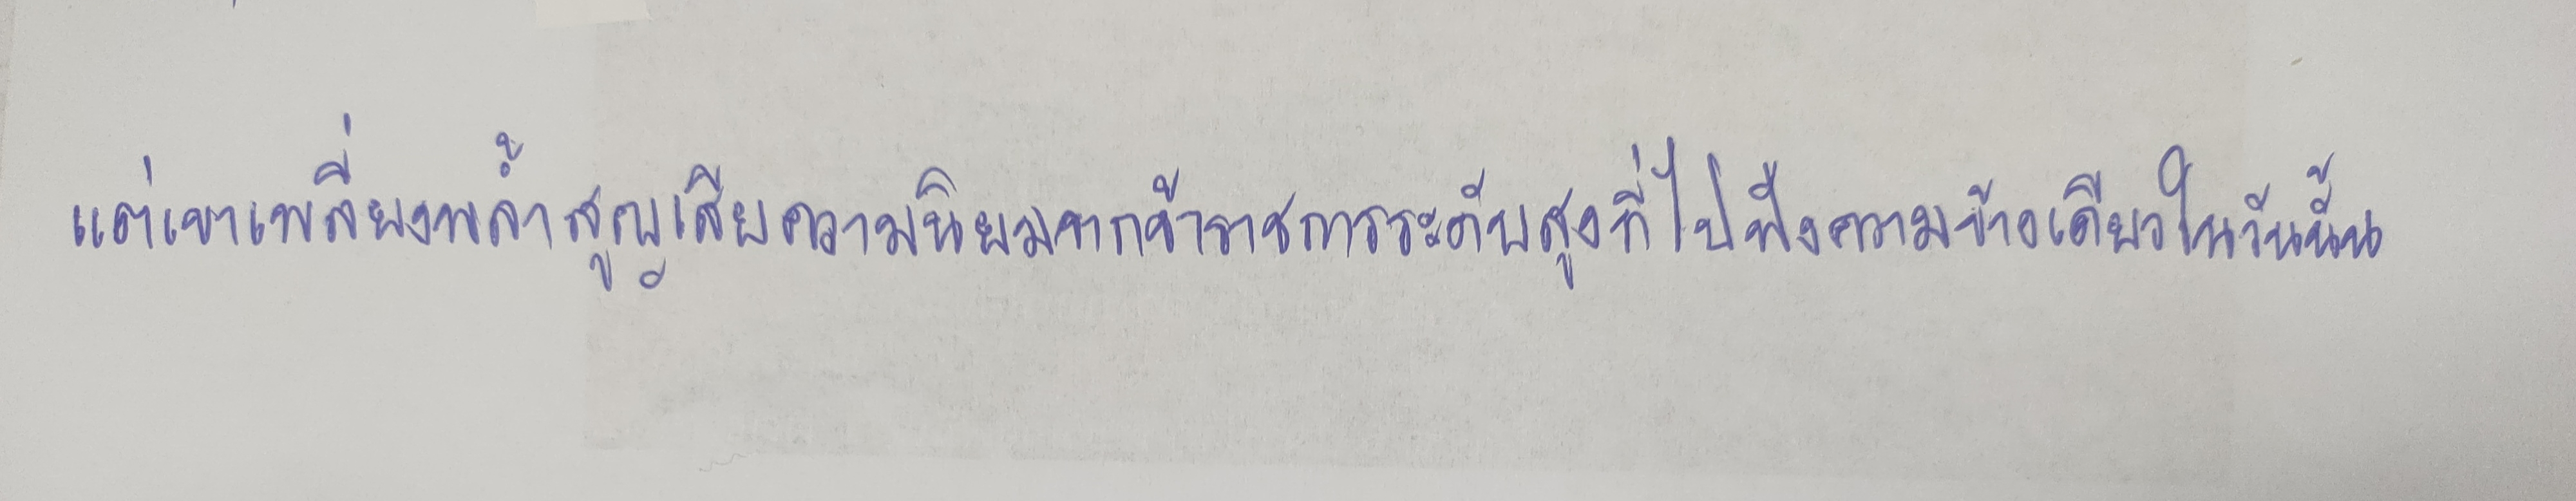
แต่เขาเพลี่ยงพล้ำสูญเสียความนิยมจากข้าราชการระดับสูงที่ไปฟังความข้างเดียวในวันนั้น